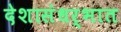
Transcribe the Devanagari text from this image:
देशासंधर्भात